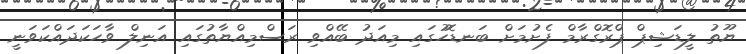
ޔޫތު ލީޑަޝިޕް ޕްރޮގްރާމް ފެށުމަށް ބަނޑޮހުގައި މިއަދު ބޭއްވި ރަސްމިއްޔާތުގައި އަނިލް ވާހަކަދައްކަވަނީ